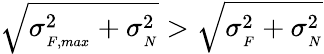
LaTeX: \sqrt{\sigma_{{}_{F,max}}^{2}+\sigma_{{}_{N}}^{2}}>\sqrt{\sigma_{{}_{F}}^{2}+\sigma_{{}_{N}}^{2}}